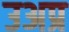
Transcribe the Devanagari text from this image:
उअप्र